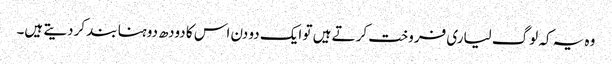
وہ یہ کہ لوگ لیاری فروخت کرتے ہیں تو ایک دو دن اس کا دودھ دوہنا بند کردیتے ہیں۔